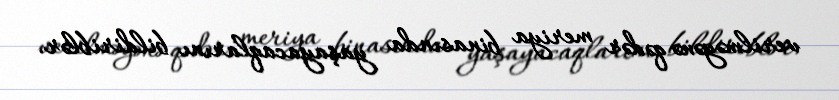
verilməyənə qədər meriya binasında yaşayacaqlarını bildiriblər.